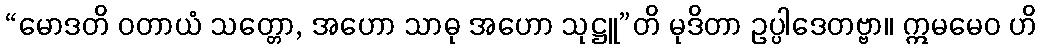
“မောဒတိ ဝတာယံ သတ္တော, အဟော သာဓု အဟော သုဋ္ဌူ”တိ မုဒိတာ ဥပ္ပါဒေတဗ္ဗာ။ ဣမမေဝ ဟိ